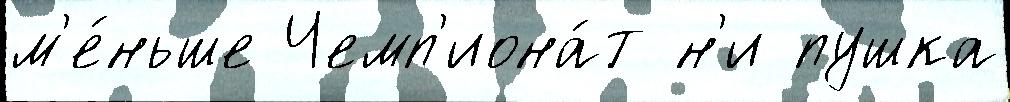
м'е́ньше Чемп'иона́т н'и пушка